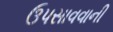
ઉપસાવવાની